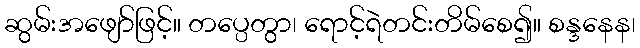
ဆွမ်းအဖျော်ဖြင့်။ တပ္ပေတွာ၊ ရောင့်ရဲတင်းတိမ်စေ၍။ စန္ဒနေန၊